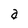
Character: a